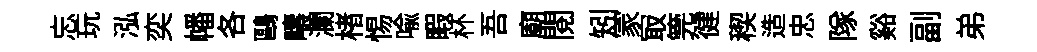
忘玩泓奕幡各鷗疇瀾楮惕喻睱杯吾廟閲矧冡冣筦徤稧造忠隊谿副弟